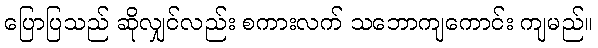
ပြောပြသည် ဆိုလျှင်လည်း စကားလက် သဘောကျကောင်း ကျမည်။